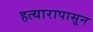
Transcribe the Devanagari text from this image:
हत्यारापासून